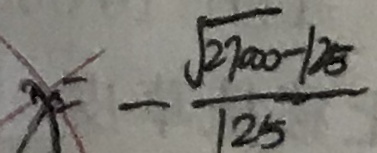
x = - \frac { \sqrt { 2 7 0 0 0 - 1 2 5 } } { 1 2 5 }